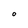
Character: 0